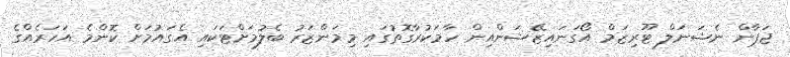
ޖަޕާން ނެޝަނަލް ޓޫރިޒަމް އޯގަނައިޒޭޝަންއިން ހާމަކުރާގޮތުގައި މިމަންޒަރު ބެލުމަށްޓަކައި އެގައުމަށް ކޮންމެ އަހަރެއްގެ